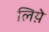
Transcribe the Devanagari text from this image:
लिय़े